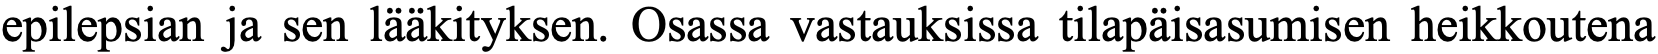
epilepsian ja sen lääkityksen. Osassa vastauksissa tilapäisasumisen heikkoutena